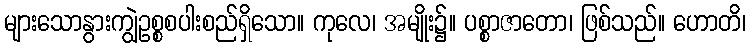
များသောနွားကျွဲဥစ္စစပါးစည်ရှိသော။ ကုလေ၊ အမျိုး၌။ ပစ္စာဇာတော၊ ဖြစ်သည်။ ဟောတိ၊